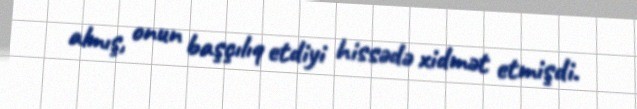
almış, onun başçılıq etdiyi hissədə xidmət etmişdi.